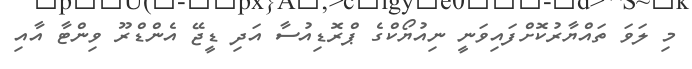
މި ލަވަ ތައްޔާރުކޮށްފައިވަނީ ނިއުޔޯކްގެ ޕްރޮޑިއުސާ އަދި ޑީޖޭ އެންޑްރޫ ވިންޓާ އާއި